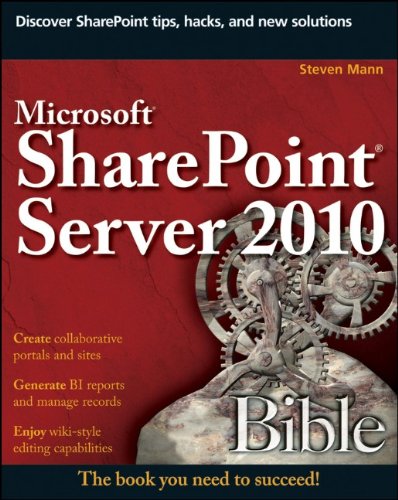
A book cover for Microsoft SharePoint Server 2010 Bible; Steven Mann; Computers & Technology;